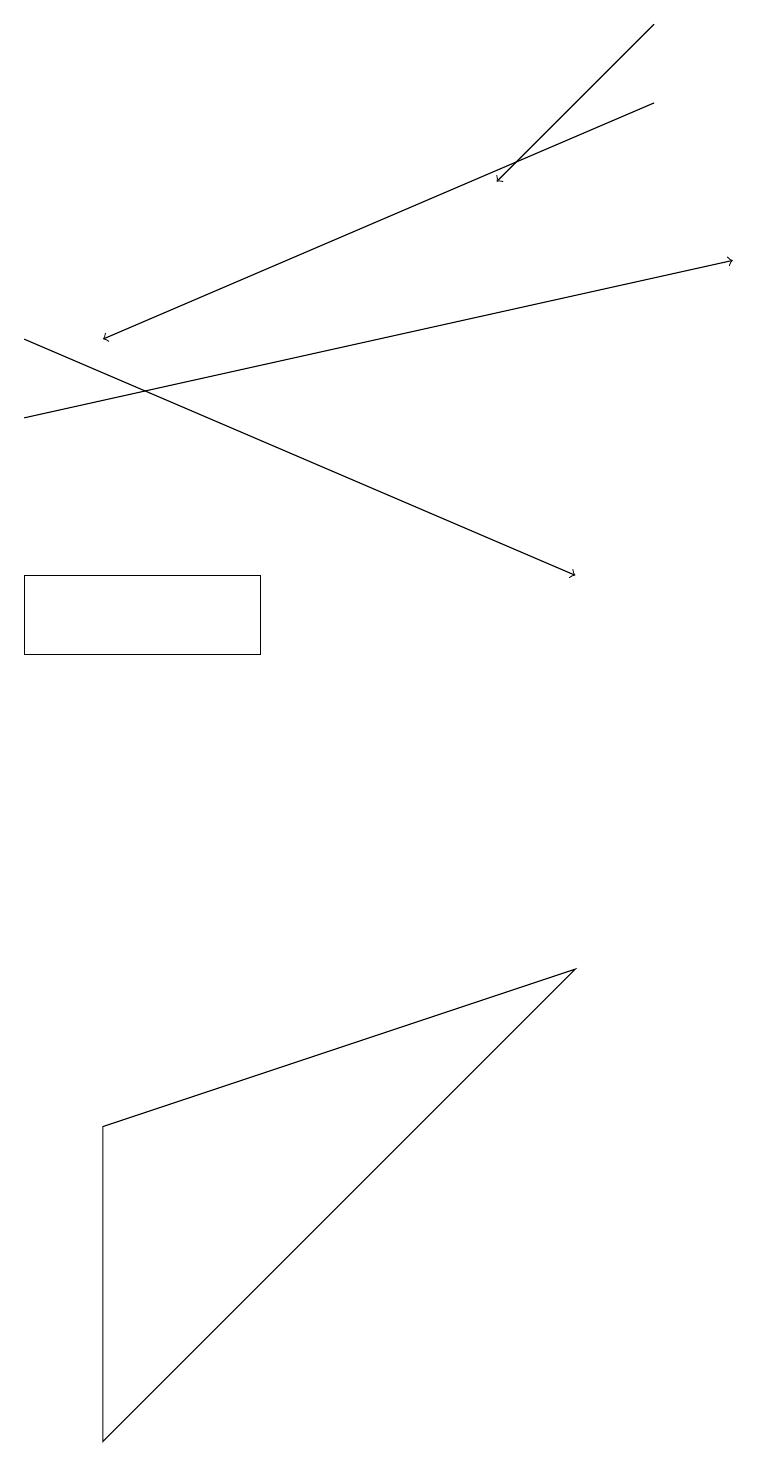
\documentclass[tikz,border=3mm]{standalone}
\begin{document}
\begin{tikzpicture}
\draw[->] (8,17) -- (1,14);
\draw[->] (0,13) -- (9,15);
\draw (7,6) -- (1,4) -- (1,0) -- cycle;
\draw[->] (8,18) -- (6,16);
\draw (3,10) rectangle (0,11);
\draw[->] (0,14) -- (7,11);
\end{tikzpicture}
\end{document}